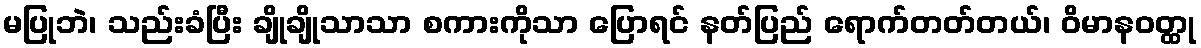
မပြုဘဲ၊ သည်းခံပြီး ချိုချိုသာသာ စကားကိုသာ ပြောရင် နတ်ပြည် ရောက်တတ်တယ်၊ ဝိမာနဝတ္ထု